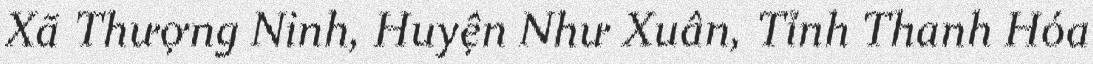
Xã Thượng Ninh, Huyện Như Xuân, Tỉnh Thanh Hóa